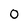
Character: 0